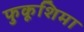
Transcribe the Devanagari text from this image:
फुकूशिमा